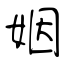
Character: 姻